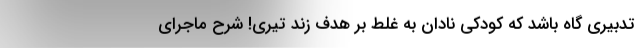
تدبیری گاه باشد که کودکی نادان به غلط بر هدف زند تیری! شرح ماجرای